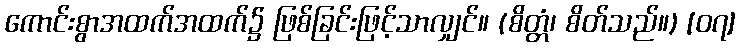
ကောင်းစွာအထက်အထက်၌ ဖြစ်ခြင်းဖြင့်သာလျှင်။ (စိတ္တံ၊ စိတ်သည်။) [၀၇]